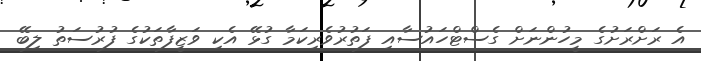
އެ ރަށްރަށުގެ މީހުންނަށް ގެސްޓްހައުސާއި ފަތުރުވެރިކަމާ ގުޅޭ އެކި ވަޒީފާތަކުގެ ފުރުސަތު ލިބޭ